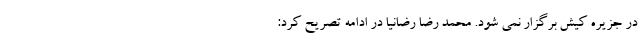
در جزیره کیش برگزار نمی شود. محمد رضا رضانیا در ادامه تصریح کرد: